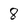
Character: 8